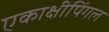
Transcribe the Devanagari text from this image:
एकाक्षीपिंगल